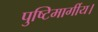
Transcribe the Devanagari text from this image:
पुष्टिमार्गीय।